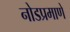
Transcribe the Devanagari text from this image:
नोडप्रमाणे